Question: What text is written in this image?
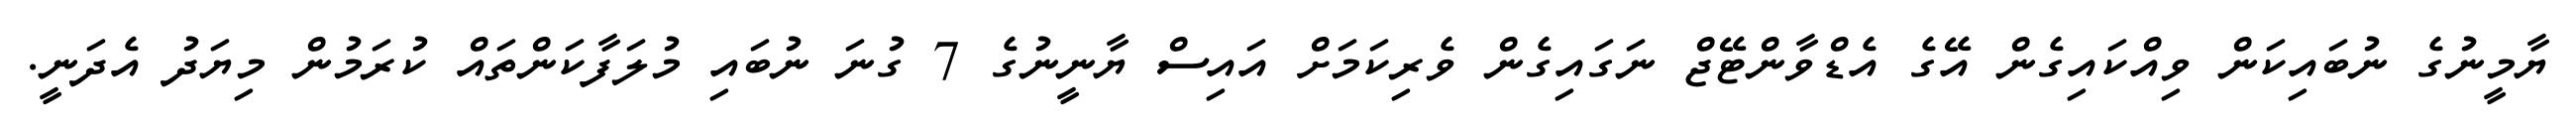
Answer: ޔާމީނުގެ ނުބައިކަން ވިއްކައިގެން އޭގެ އެޑްވާންޓޭޖް ނަގައިގެން ވެރިކަމަށް އައިސް ޔާނީނުގެ 7 ގުނަ ނުބައި މުލަފާކަންތައް ކުރަމުން މިޔަދު އެދަނީ.